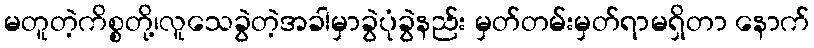
မတူတဲ့ကိစ္စတို့၊လူသေခွဲတဲ့အခါမှာခွဲပုံခွဲနည်း မှတ်တမ်းမှတ်ရာမရှိတာ နောက်